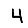
Digit: 4